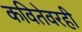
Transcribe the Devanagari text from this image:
कवितेवरही